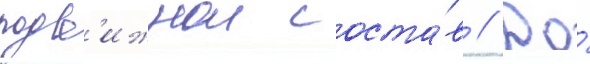
подв'ижнои соста́в // До́